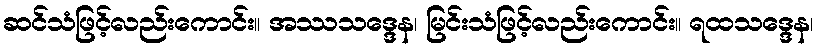
ဆင်သံဖြင့်လည်းကောင်း။ အဿသဒ္ဒေန၊ မြင်းသံဖြင့်လည်းကောင်း။ ရထသဒ္ဒေန၊